Plague in India, 1896, 1897 - Volume 2
Year: 1896
Disease focus: Plague
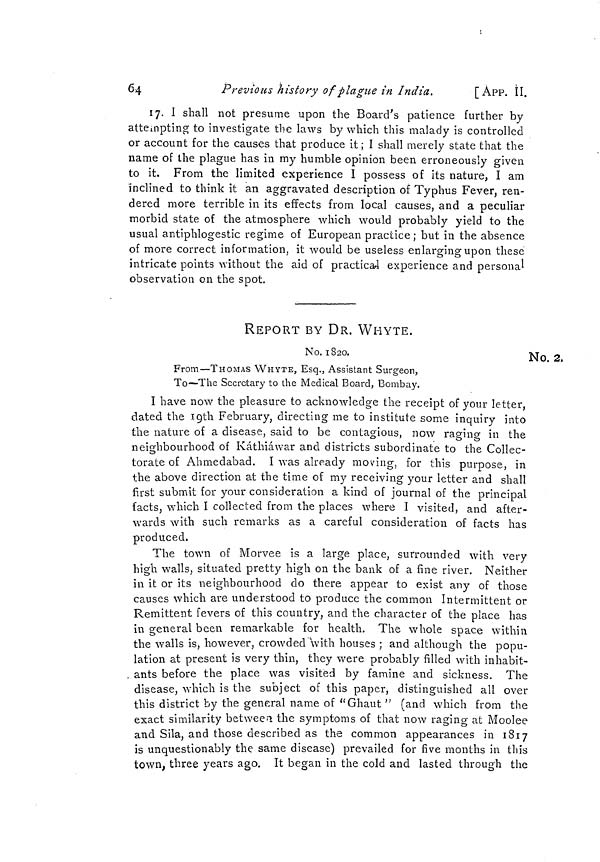
64
Previous history of plague in India.
[App. II.
17. I shall not presume upon the Board's patience further by
attempting to investigate the laws by which this malady is controlled
or account for the causes that produce it ; I shall merely state that the
name of the plague has in my humble opinion been erroneously given
to it. From the limited experience I possess of its nature, I am
inclined to think it an aggravated description of Typhus Fever, ren-
dered more terrible in its effects from local causes, and a peculiar
morbid state of the atmosphere which would probably yield to the
usual antiphlogestic regime of European practice ; but in the absence
of more correct information, it would be useless enlarging upon these
intricate points without the aid of practical experience and personal
observation on the snot.
REPORT BY DR. WHYTE.
No. 1820.
No. 2.
From—THOMAS WHYTE, Esq., Assistant Surgeon,
To—The Secretary to the Medical Board, Bombay.
I have now the pleasure to acknowledge the receipt of your letter,
dated the 19th February, directing me to institute some inquiry into
the nature of a disease, said to be contagious, now raging in the
neighbourhood of Káthiáwar and districts subordinate to the Collée-
O
torate of Ahmedabad. I was already moving, for this purpose, in
the above direction at the time of my receiving your letter and shall
first submit for your consideration a kind of journal of the principal
facts, which I collected from the places where I visited, and after-
wards with such remarks as a careful consideration of facts has
produced.
The town of Morvee is a large place, surrounded with very
high walls, situated pretty high on the bank of a fine river. Neither
in it or its neighbourhood do there appear to exist any of those
causes which are understood to produce the common Intermittent or
Remittent fevers of this country, and the character of the place has
in general been remarkable for health. The whole space within
the walls is, however, crowded with houses ; and although the popu-
lation at present is very thin, they were probably filled with inhabit-
ants before the place was visited by famine and sickness. The
disease, which is the subject of this paper, distinguished all over
this district by the general name of " Ghaut " (and which from the
exact similarity between the symptoms of that now raging at Moolee
and Sila, and those described as the common appearances in 1817
is unquestionably the same disease) prevailed for five months in this
town, three years ago. It began in the cold and lasted through the